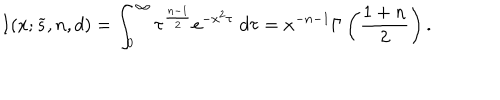
LaTeX: I ( x ; { \widetilde s } , n , d ) = \int _ { 0 } ^ { \infty } \tau ^ { { \frac { n - 1 } { 2 } } } e ^ { - x ^ { 2 } \tau } \; d \tau = x ^ { - n - 1 } \Gamma \left( { \frac { 1 + n } { 2 } } \right) .